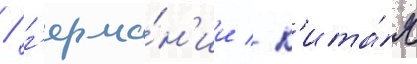
/ г'ерма́н'ии / к'ита́я